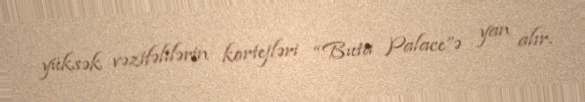
yüksək vəzifəlilərin kortejləri “Buta Palace”ə yan alır.